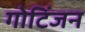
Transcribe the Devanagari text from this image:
गोटिंजन